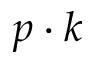
p \cdot k